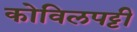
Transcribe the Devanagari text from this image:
कोविलपट्टी